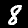
Label: 8